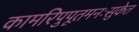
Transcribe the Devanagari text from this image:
कामरिपुपूतमनःसुकेत